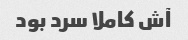
آش کاملا سرد بود